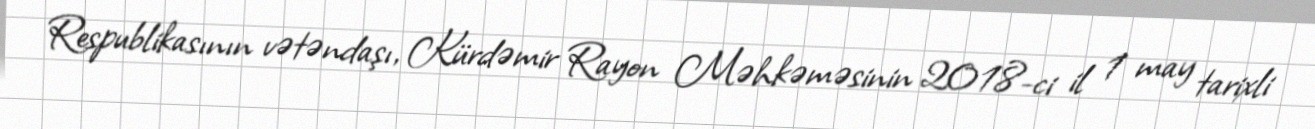
Respublikasının vətəndaşı, Kürdəmir Rayon Məhkəməsinin 2018-ci il 1 may tarixli